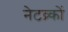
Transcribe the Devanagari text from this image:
नेटव्र्कों